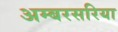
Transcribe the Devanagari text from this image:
अम्बरसरिया